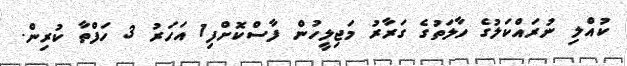
ކުއްލި ނުރައްކަލުގެ ހާލަތުގެ ގަރާރު މަޖިލީހުން ފާސްކޮށްފި1 އަހަރު 3 ހަފްތާ ކުރިން.